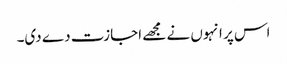
اس پر انہوں نے مجھے اجازت دے دی۔